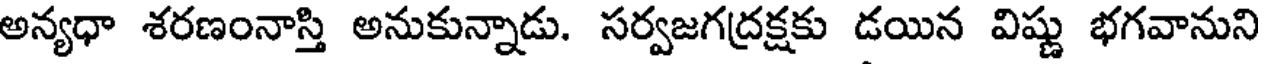
అన్యధా శరణంనాస్తి అనుకున్నాడు. సర్వజగద్రక్షకు డయిన విష్ణు భగవానుని